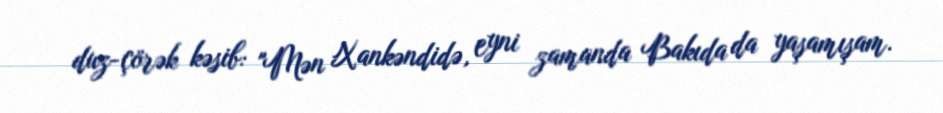
duz-çörək kəsib: "Mən Xankəndidə, eyni zamanda Bakıda da yaşamışam.